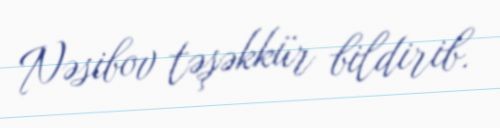
Nəsibov təşəkkür bildirib.